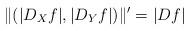
LaTeX: \begin{align*}\|(|D_Xf|,|D_Yf|)\|'=|Df|\end{align*}